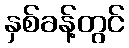
နှစ်ခန့်တွင်